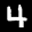
Label: 4